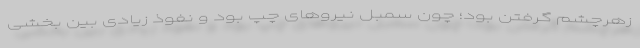
زهر‌چشم گرفتن بود؛ چون سمبل نیرو‌های چپ بود و نفوذ زیادی بین بخشی